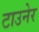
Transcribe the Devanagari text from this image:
टाउनेर